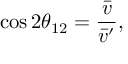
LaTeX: \cos 2 \theta _ { 1 2 } = \frac { \bar { v } } { \bar { v } ^ { \prime } } ,